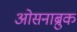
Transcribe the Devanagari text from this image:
ओसनाब्रुक